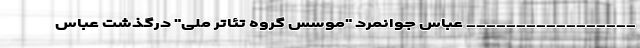
_________________ عباس جوانمرد "موسس گروه تئاتر ملی" درگذشت عباس